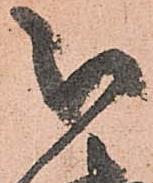
被